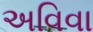
અવિવા